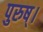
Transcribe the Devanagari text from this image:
पुरुष्।